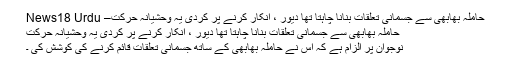
حاملہ بھابھی سے جسمانی تعلقات بنانا چاہتا تھا دیور ، انکار کرنے پر کردی یہ وحشیانہ حرکت– News18 Urdu
حاملہ بھابھی سے جسمانی تعلقات بنانا چاہتا تھا دیور ، انکار کرنے پر کردی یہ وحشیانہ حرکت
نوجوان پر الزام ہے کہ اس نے حاملہ بھابھی کے ساتھ جسمانی تعلقات قائم کرنے کی کوشش کی ۔